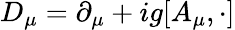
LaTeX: D_{\mu}=\partial_{\mu}+ig[A_{\mu},\cdot]